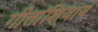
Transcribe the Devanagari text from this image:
गीतांशिवाय